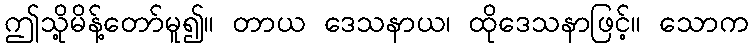
ဤသို့မိန့်တော်မူ၍။ တာယ ဒေသနာယ၊ ထိုဒေသနာဖြင့်။ သောက